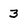
Character: 3